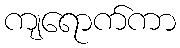
ကျရောက်ကာ